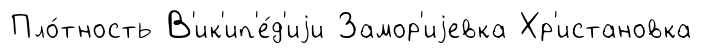
Пло́тность В'ик'ип'е́д'иjи Замор'иjевка Хр'истановка